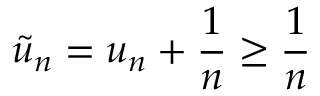
\tilde { u } _ { n } = u _ { n } + \frac { 1 } { n } \geq \frac { 1 } { n }